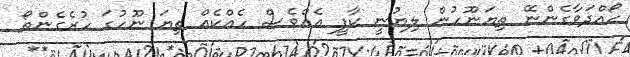
ހޯއްދަވާގެންނޭ ތިޔަނޫހުން ލިޔުނީ ކާފީ އެއްވެސް ހެއްކެއް ތިޔަ ނޫހުގަ ހުރެގެންތޯ